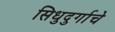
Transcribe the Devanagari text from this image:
सिधुदुर्गाचे